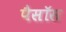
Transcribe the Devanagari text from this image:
पैसॉस